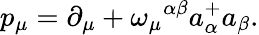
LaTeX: p_{\mu}=\partial_{\mu}+\omega_{\mu}{}^{\alpha\beta}a_{\alpha}^{+}a_{\beta}.